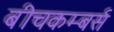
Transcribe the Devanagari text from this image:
बीचकम्बर्स